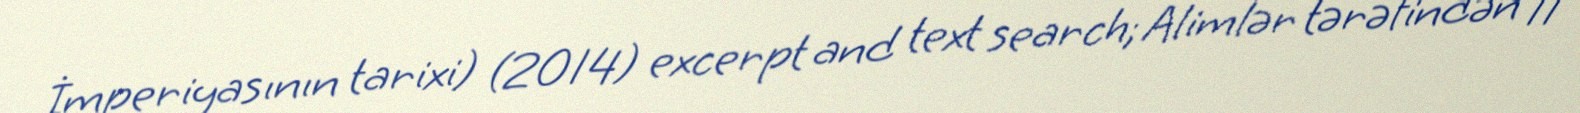
İmperiyasının tarixi) (2014) excerpt and text search; Alimlər tərəfindən 11